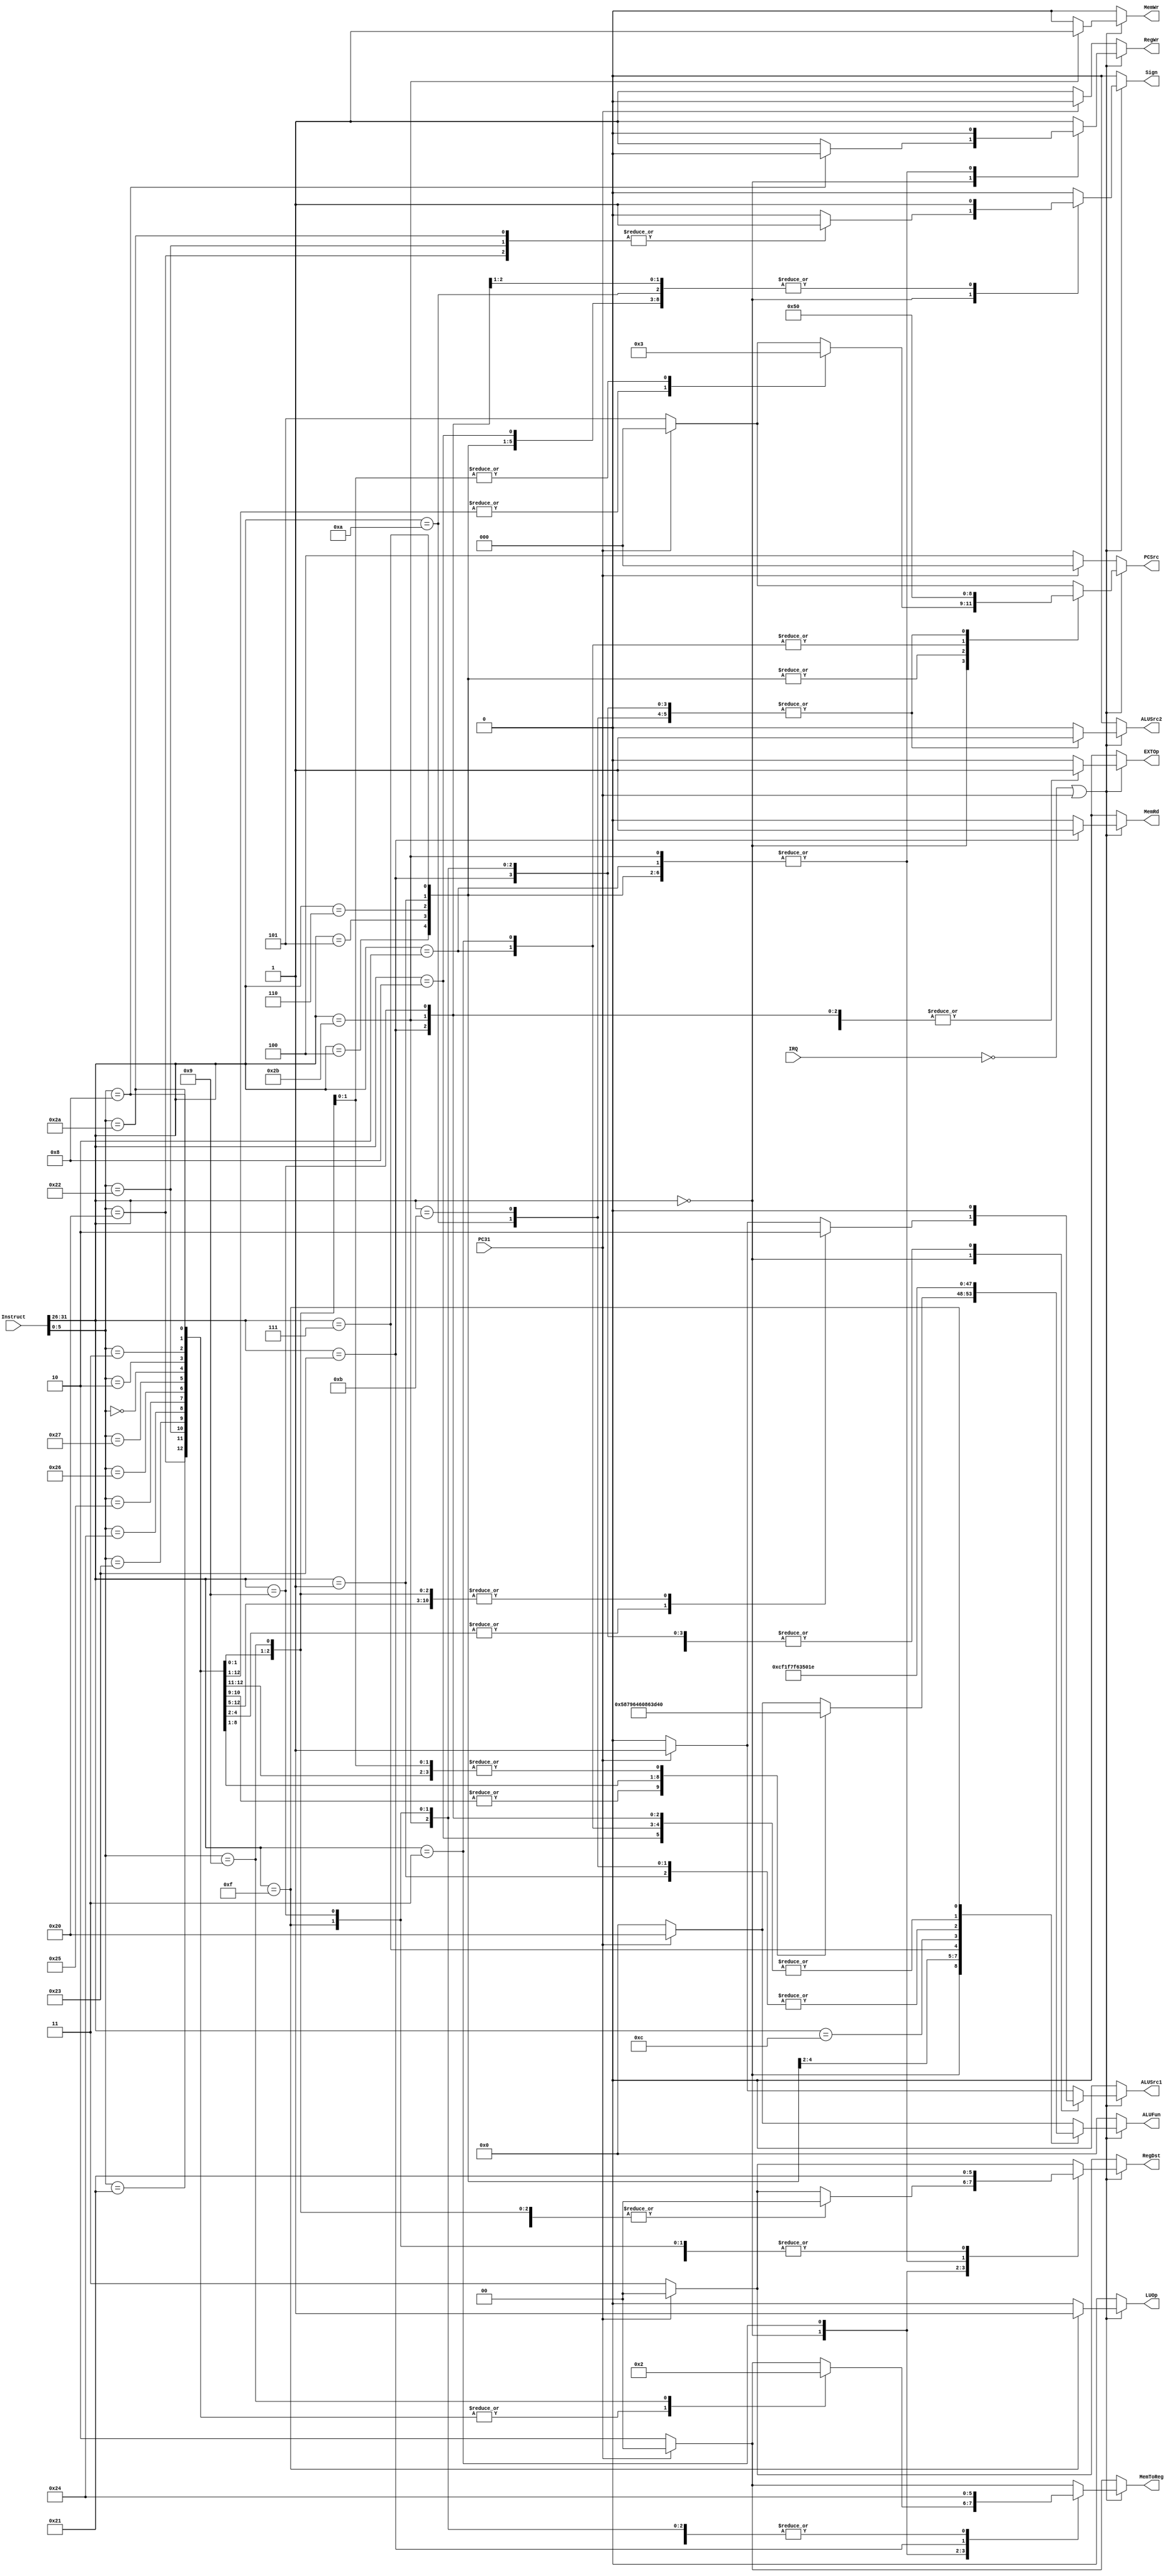
module Control (Instruct,IRQ,PC31,PCSrc,RegDst,RegWr,ALUSrc1,ALUSrc2,ALUFun,Sign,MemWr,MemRd,MemToReg,EXTOp,LUOp);
input [31:0] Instruct;
input IRQ,PC31;
output reg [2:0] PCSrc;
output reg [1:0] RegDst;
output reg [5:0] ALUFun;
output reg [1:0] MemToReg;
output reg RegWr,ALUSrc1,ALUSrc2,Sign,MemWr,MemRd,EXTOp,LUOp;

always @(*)
begin
	PCSrc = 3'b000;
	RegDst = 2'b00;
	ALUFun = 6'b000000;
	MemToReg = 2'b00;
	RegWr = 0;
	ALUSrc1 = 0;
	ALUSrc2 = 0;
	Sign = 0;
	MemWr = 0;
	MemRd = 0;
	EXTOp = 0;
	LUOp = 0;

	if(~IRQ || PC31)
	begin
		case(Instruct[31:26])
			6'b000000:
			begin
				MemWr = 0;
				MemRd = 0;
				case(Instruct[5:0])
					6'b100000://add
					begin
						PCSrc = 3'b000;
						RegDst = 2'b00;
						ALUFun = 6'b000000;
						MemToReg = 2'b00;
						RegWr = 1;
						ALUSrc1 = 0;
						ALUSrc2 = 0;
						Sign = 1;
					end
					6'b100001://addu
					begin
						PCSrc = 3'b000;
						RegDst = 2'b00;
						ALUFun = 6'b000000;
						MemToReg = 2'b00;
						RegWr = 1;
						ALUSrc1 = 0;
						ALUSrc2 = 0;
						Sign = 0;
					end
					6'b100010://sub
					begin
						PCSrc = 3'b000;
						RegDst = 2'b00;
						ALUFun = 6'b000001;
						MemToReg = 2'b00;
						RegWr = 1;
						ALUSrc1 = 0;
						ALUSrc2 = 0;
						Sign = 1;
					end
					6'b100011://subu
					begin
						PCSrc = 3'b000;
						RegDst = 2'b00;
						ALUFun = 6'b000001;
						MemToReg = 2'b00;
						RegWr = 1;
						ALUSrc1 = 0;
						ALUSrc2 = 0;
						Sign = 0;
					end
					6'b100100://and
					begin
						PCSrc = 3'b000;
						RegDst = 2'b00;
						ALUFun = 6'b011000;
						MemToReg = 2'b00;
						RegWr = 1;
						ALUSrc1 = 0;
						ALUSrc2 = 0;
					end
					6'b100101://or
					begin
						PCSrc = 3'b000;
						RegDst = 2'b00;
						ALUFun = 6'b011110;
						MemToReg = 2'b00;
						RegWr = 1;
						ALUSrc1 = 0;
						ALUSrc2 = 0;
					end
					6'b100110://xor
					begin
						PCSrc = 3'b000;
						RegDst = 2'b00;
						ALUFun = 6'b010110;
						MemToReg = 2'b00;
						RegWr = 1;
						ALUSrc1 = 0;
						ALUSrc2 = 0;
					end
					6'b100111://nor
					begin
						PCSrc = 3'b000;
						RegDst = 2'b00;
						ALUFun = 6'b010001;
						MemToReg = 2'b00;
						RegWr = 1;
						ALUSrc1 = 0;
						ALUSrc2 = 0;
					end
					6'b000000://sll
					begin
						PCSrc = 3'b000;
						RegDst = 2'b00;
						ALUFun = 6'b100000;
						MemToReg = 2'b00;
						RegWr = 1;
						ALUSrc1 = 1;
						ALUSrc2 = 0;
					end
					6'b000010://srl
					begin
						PCSrc = 3'b000;
						RegDst = 2'b00;
						ALUFun = 6'b100001;
						MemToReg = 2'b00;
						RegWr = 1;
						ALUSrc1 = 1;
						ALUSrc2 = 0;
					end
					6'b000011://sra
					begin
						PCSrc = 3'b000;
						RegDst = 2'b00;
						ALUFun = 6'b100011;
						MemToReg = 2'b00;
						RegWr = 1;
						ALUSrc1 = 1;
						ALUSrc2 = 0;
					end
					6'b101010://slt
					begin
						PCSrc = 3'b000;
						RegDst = 2'b00;
						ALUFun = 6'b110101;
						MemToReg = 2'b00;
						RegWr = 1;
						ALUSrc1 = 0;
						ALUSrc2 = 0;
						Sign = 1;
					end
					6'b001000://jr
					begin
						PCSrc = 3'b011;
						RegWr = 0;
					end
					6'b001001://jalr
					begin
						PCSrc = 3'b011;
						RegDst = 2'b00;
						MemToReg = 2'b10;
						RegWr = 1;
					end
					default:
					begin
						if(!PC31)//exception
						begin
							PCSrc = 3'b101;
							RegDst = 2'b11;
							RegWr = 1;
							MemToReg = 2'b10;
						end
						else//nop
						begin
							PCSrc = 3'b000;
							RegDst = 2'b00;
							ALUFun = 6'b100000;
							MemToReg = 2'b00;
							RegWr = 1;
							ALUSrc1 = 1;
							ALUSrc2 = 0;
						end
					end
				endcase
			end
			6'b000100://beq
			begin
				PCSrc = 3'b001;
				ALUFun = 6'b110011;
				RegWr = 0;
				ALUSrc1 = 0;
				ALUSrc2 = 0;
				Sign = 1;
				MemWr = 0;
				MemRd = 0;
				EXTOp = 1;
			end
			6'b000101://bne
			begin
				PCSrc = 3'b001;
				ALUFun = 6'b110001;
				RegWr = 0;
				ALUSrc1 = 0;
				ALUSrc2 = 0;
				Sign = 1;
				MemWr = 0;
				MemRd = 0;
				EXTOp = 1;
			end
			6'b000110://blez
			begin
				PCSrc = 3'b001;
				ALUFun = 6'b111101;
				RegWr = 0;
				ALUSrc1 = 0;
				ALUSrc2 = 0;
				Sign = 1;
				MemWr = 0;
				MemRd = 0;
				EXTOp = 1;
			end
			6'b000001://bltz
			begin
				PCSrc = 3'b001;
				ALUFun = 6'b110101;
				RegWr = 0;
				ALUSrc1 = 0;
				ALUSrc2 = 0;
				Sign = 1;
				MemWr = 0;
				MemRd = 0;
				EXTOp = 1;
			end
			6'b000111://bgtz
			begin
				PCSrc = 3'b001;
				ALUFun = 6'b111111;
				RegWr = 0;
				ALUSrc1 = 0;
				ALUSrc2 = 0;
				Sign = 1;
				MemWr = 0;
				MemRd = 0;
				EXTOp = 1;
			end
			6'b001000://addi
			begin
				PCSrc = 3'b000;
				RegDst = 2'b01;
				ALUFun = 6'b000000;
				MemToReg = 2'b00;
				RegWr = 1;
				ALUSrc1 = 0;
				ALUSrc2 = 1;
				Sign = 1;
				MemWr = 0;
				MemRd = 0;
				EXTOp = 1;
				LUOp = 0;
			end
			6'b001001://addiu
			begin
				PCSrc = 3'b000;
				RegDst = 2'b01;
				ALUFun = 6'b000000;
				MemToReg = 2'b00;
				RegWr = 1;
				ALUSrc1 = 0;
				ALUSrc2 = 1;
				Sign = 0;
				MemWr = 0;
				MemRd = 0;
				EXTOp = 1;
				LUOp = 0;
			end
			6'b001100://andi
			begin
				PCSrc = 3'b000;
				RegDst = 2'b01;
				ALUFun = 6'b011000;
				MemToReg = 2'b00;
				RegWr = 1;
				ALUSrc1 = 0;
				ALUSrc2 = 1;
				MemWr = 0;
				MemRd = 0;
				EXTOp = 0;
				LUOp = 0;
			end
			6'b001010://slti
			begin
				PCSrc = 3'b000;
				RegDst = 2'b01;
				ALUFun = 6'b110101;
				MemToReg = 2'b00;
				RegWr = 1;
				ALUSrc1 = 0;
				ALUSrc2 = 1;
				Sign = 1;
				MemWr = 0;
				MemRd = 0;
				EXTOp = 1;
				LUOp = 0;
			end
			6'b001011://sltiu
			begin
				PCSrc = 3'b000;
				RegDst = 2'b01;
				ALUFun = 6'b110101;
				MemToReg = 2'b00;
				RegWr = 1;
				ALUSrc1 = 0;
				ALUSrc2 = 1;
				Sign = 0;
				MemWr = 0;
				MemRd = 0;
				EXTOp = 1;
				LUOp = 0;
			end
			6'b000010://j
			begin
				PCSrc = 3'b010;
				RegWr = 0;
				MemWr = 0;
				MemRd = 0;
			end
			6'b000011://jal
			begin
				PCSrc = 3'b010;
				RegDst = 2'b10;
				MemToReg = 2'b10;
				RegWr = 1;
				MemWr = 0;
				MemRd = 0;
			end
			6'b100011://lw
			begin
				PCSrc = 3'b000;
				RegDst = 2'b01;
				ALUFun = 6'b000000;
				MemToReg = 2'b01;
				RegWr = 1;
				ALUSrc1 = 0;
				ALUSrc2 = 1;
				Sign = 1;
				MemWr = 0;
				MemRd = 1;
				EXTOp = 1;
				LUOp = 0;
			end
			6'b101011://sw
			begin
				PCSrc = 3'b000;
				ALUFun = 6'b000000;
				RegWr = 0;
				ALUSrc1 = 0;
				ALUSrc2 = 1;
				Sign = 1;
				MemWr = 1;
				MemRd = 0;
				EXTOp = 1;
				LUOp = 0;
			end
			6'b001111://lui
			begin
				PCSrc = 3'b000;
				RegDst = 2'b01;
				ALUFun = 6'b011110;
				MemToReg = 2'b00;
				RegWr = 1;
				ALUSrc1 = 0;
				ALUSrc2 = 1;
				MemWr = 0;
				MemRd = 0;
				LUOp = 1;
			end
			default:
			begin
				if(!PC31)//exception
				begin
					PCSrc = 3'b101;
					RegDst = 2'b11;
					MemToReg = 2'b10;
					RegWr = 1;
					MemWr = 0;
					MemRd = 0;
				end
				else//nop
				begin
					PCSrc = 3'b000;
					RegDst = 2'b00;
					ALUFun = 6'b100000;
					MemToReg = 2'b00;
					RegWr = 1;
					ALUSrc1 = 1;
					ALUSrc2 = 0;
					MemWr = 0;
					MemRd = 0;
				end
			end
		endcase
	end
	else if(!PC31)
	begin
		PCSrc = 3'b100;
		RegDst = 2'b11;
		MemToReg = 2'b10;
		RegWr = 1;
		MemWr = 0;
		MemRd = 0;
	end
end

endmodule